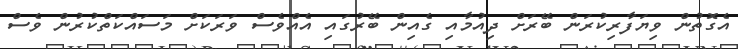
އެގޮތުން ވިޔަފާރިކުރަން ބޭރަށް ދިއުމާއި ގެއިން ބޭރުގައި އެއްވެސް ވަރަކަށް މަސައްކަތްކުރުން ވެސް